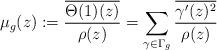
LaTeX: \begin{align*}\mu_g(z):=\frac{\overline{\Theta(1)(z)}}{\rho(z)}=\sum_{\gamma \in \Gamma_g} \frac{\overline{\gamma'(z)^2}}{\rho(z)}\end{align*}